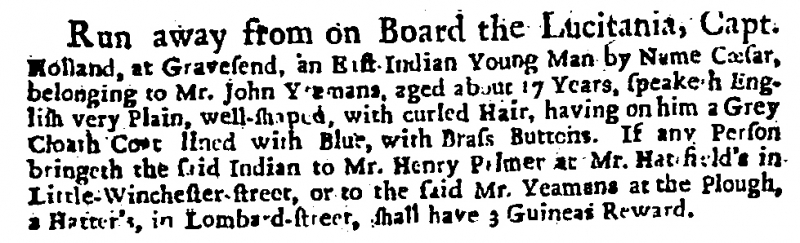
Daily Courant, 19 January 1712 (England)
Run away from on Board the Lucitania, Capt. Holland, at Gravesend, an East-Indian Young Man by Name Cæsar, belonging to Mr. John Yeamans, aged about 17 Years, speaketh English very Plain, well-shaped, with curled Hair, having on him a Grey Cloath Coat lined with Blue, with Brass Buttons. If any Person bringeth the said Indian to Mr. Henry Palmer at Mr Hatfield’s in Little-Winchester-street, or to the said Mr. Yeamans at the Plough, a Hatter’s, in Lombard-street, shall have 3 Guineas Reward.